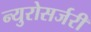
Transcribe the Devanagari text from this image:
न्युरोसर्जरी